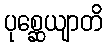
ပုစ္ဆေယျာတိ